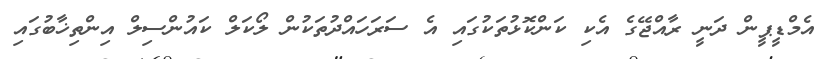
އެމްޑީޕީން ދަނީ ރާއްޖޭގެ އެކި ކަންކޮޅުތަކުގައި އެ ސަރަހައްދުތަކުން ލޯކަލް ކައުންސިލް އިންތިޚާބުގައި